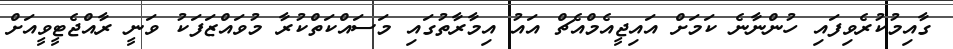
ގާއިމުކުރެވިފައި ހުންނާނެ ކަމަށް އައިޖީއެމްއެޗް އައު އިމާރާތުގައި މަސައްކަތްކުރާ މުވައްޒަފަކު ވަނީ ރާއްޖެޓީވީއަށް